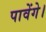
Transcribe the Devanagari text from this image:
पावेंगे।